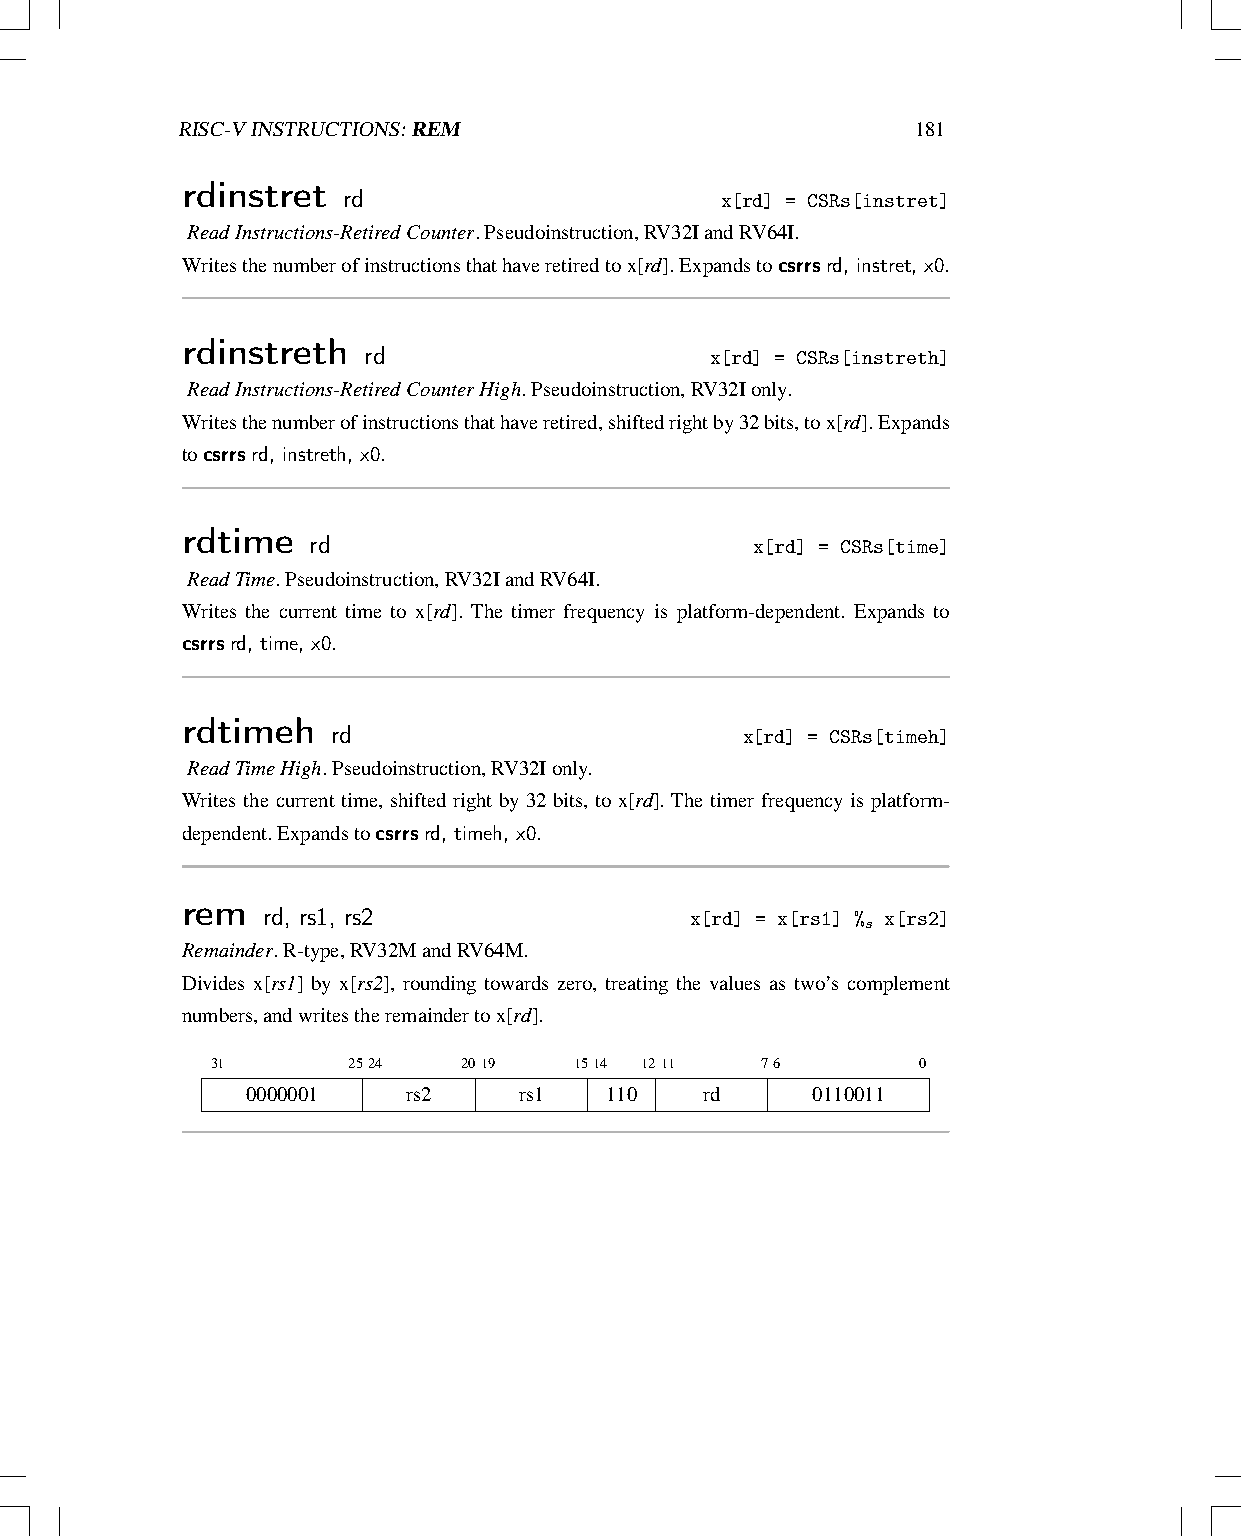
RISC-VINSTRUCTIONS:REM                           181
 rdinstret  rd
 x[rd] = CSRs[instret]
 ReadInstructions-RetiredCounter.Pseudoinstruction,RV32IandRV64I.
 Writesthenumberofinstructionsthathaveretiredtox[rd].Expandstocsrrsrd, instret, x0.
 rdinstreth  rd
 x[rd] = CSRs[instreth]
 ReadInstructions-RetiredCounterHigh.Pseudoinstruction,RV32Ionly.
 Writesthenumberofinstructionsthathaveretired,shiftedrightby32bits,tox[rd].Expands
 tocsrrsrd, instreth, x0.
 rdtime  rd
 x[rd] = CSRs[time]
 ReadTime.Pseudoinstruction,RV32IandRV64I.
 Writes the current time to x[rd]. The timer frequency is platform-dependent. Expands to
 csrrsrd, time, x0.
 rdtimeh   rd
 x[rd] = CSRs[timeh]
 ReadTimeHigh.Pseudoinstruction,RV32Ionly.
 Writes the current time, shifted right by 32 bits, to x[rd]. The timer frequency is platform-
 dependent.Expandstocsrrsrd, timeh, x0.
 rem  rd, rs1, rs2
 x[rd] = x[rs1] %s x[rs2]
 Remainder.R-type,RV32MandRV64M.
 Divides x[rs1] by x[rs2], rounding towards zero, treating the values as two’s complement
 numbers,andwritestheremaindertox[rd].
 31       2524    2019   1514 1211   76         0
 0000001    rs2    rs1   110    rd     0110011